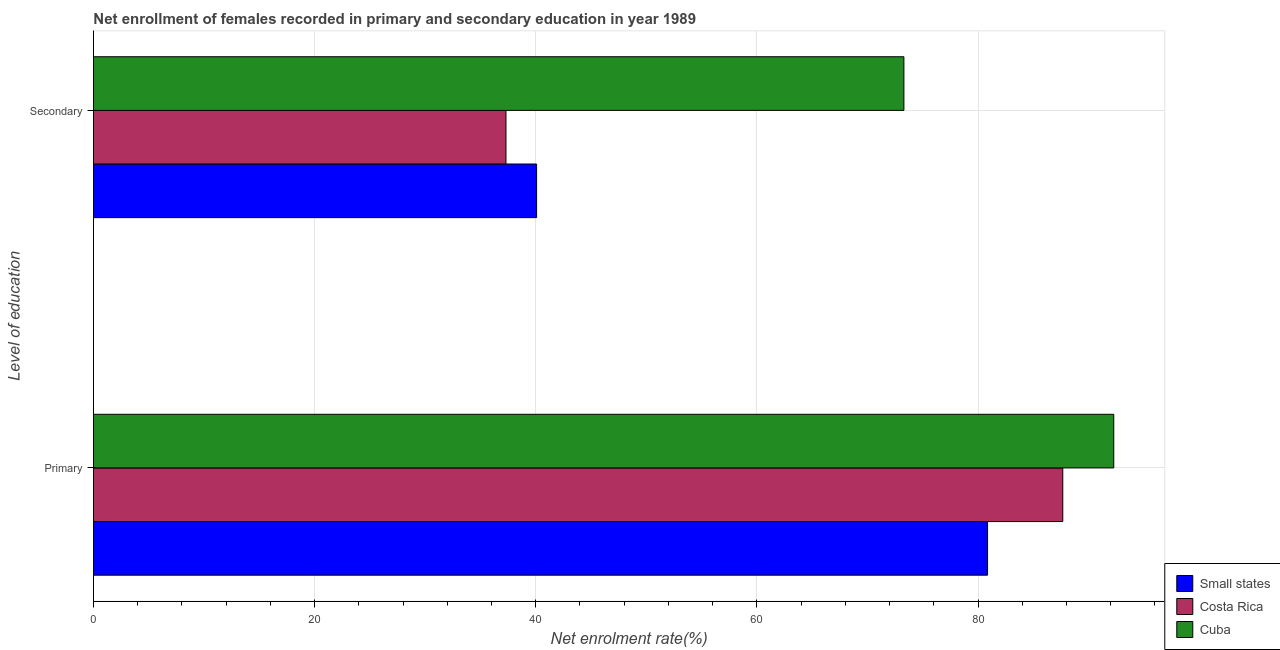
| Level of education | Small states | Costa Rica | Cuba |
 | --- | --- | --- | --- |
 | Primary | 80.9 | 87.7 | 92.3 |
 | Secondary | 40.1 | 37.3 | 73.3 |